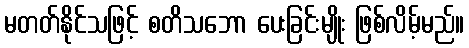
မတတ်နိုင်သဖြင့် စတိသဘော ပေးခြင်းမျိုး ဖြစ်လိမ့်မည်။